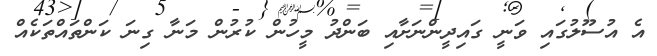
އެ އުސޫލުގައި ވަނީ ގައިދީންނަށާއި ބަންދު މީހުން ކުރުން މަނާ ގިނަ ކަންތައްތަކެއް